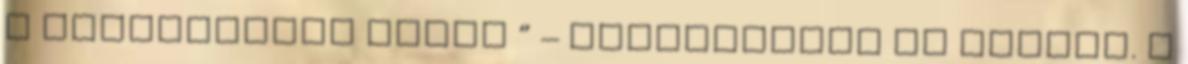
a Nagyszínpad mellé ” – tervezgetik az akciót. A